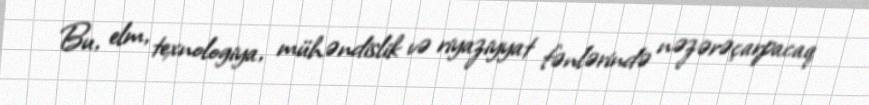
Bu, elm, texnologiya, mühəndislik və riyaziyyat fənlərində nəzərəçarpacaq